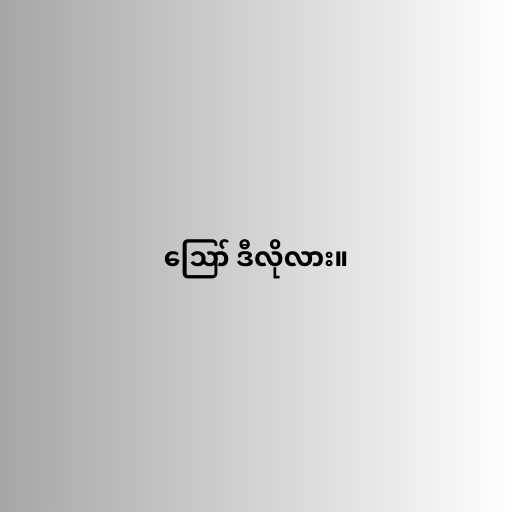
ဪ ဒီလိုလား။